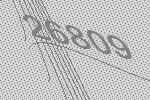
26809